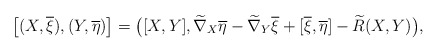
\begin{align*} \bigl[ ( X, \overline{ \xi } ) , ( Y , \overline{ \eta } ) \bigr] = \bigl( [X, Y ] , \widetilde{ \nabla } _X \overline{ \eta } - \widetilde{ \nabla } _Y \overline{ \xi } + [ \overline{ \xi } , \overline{ \eta } ] - \widetilde{ R } ( X, Y ) \bigr) , \end{align*}